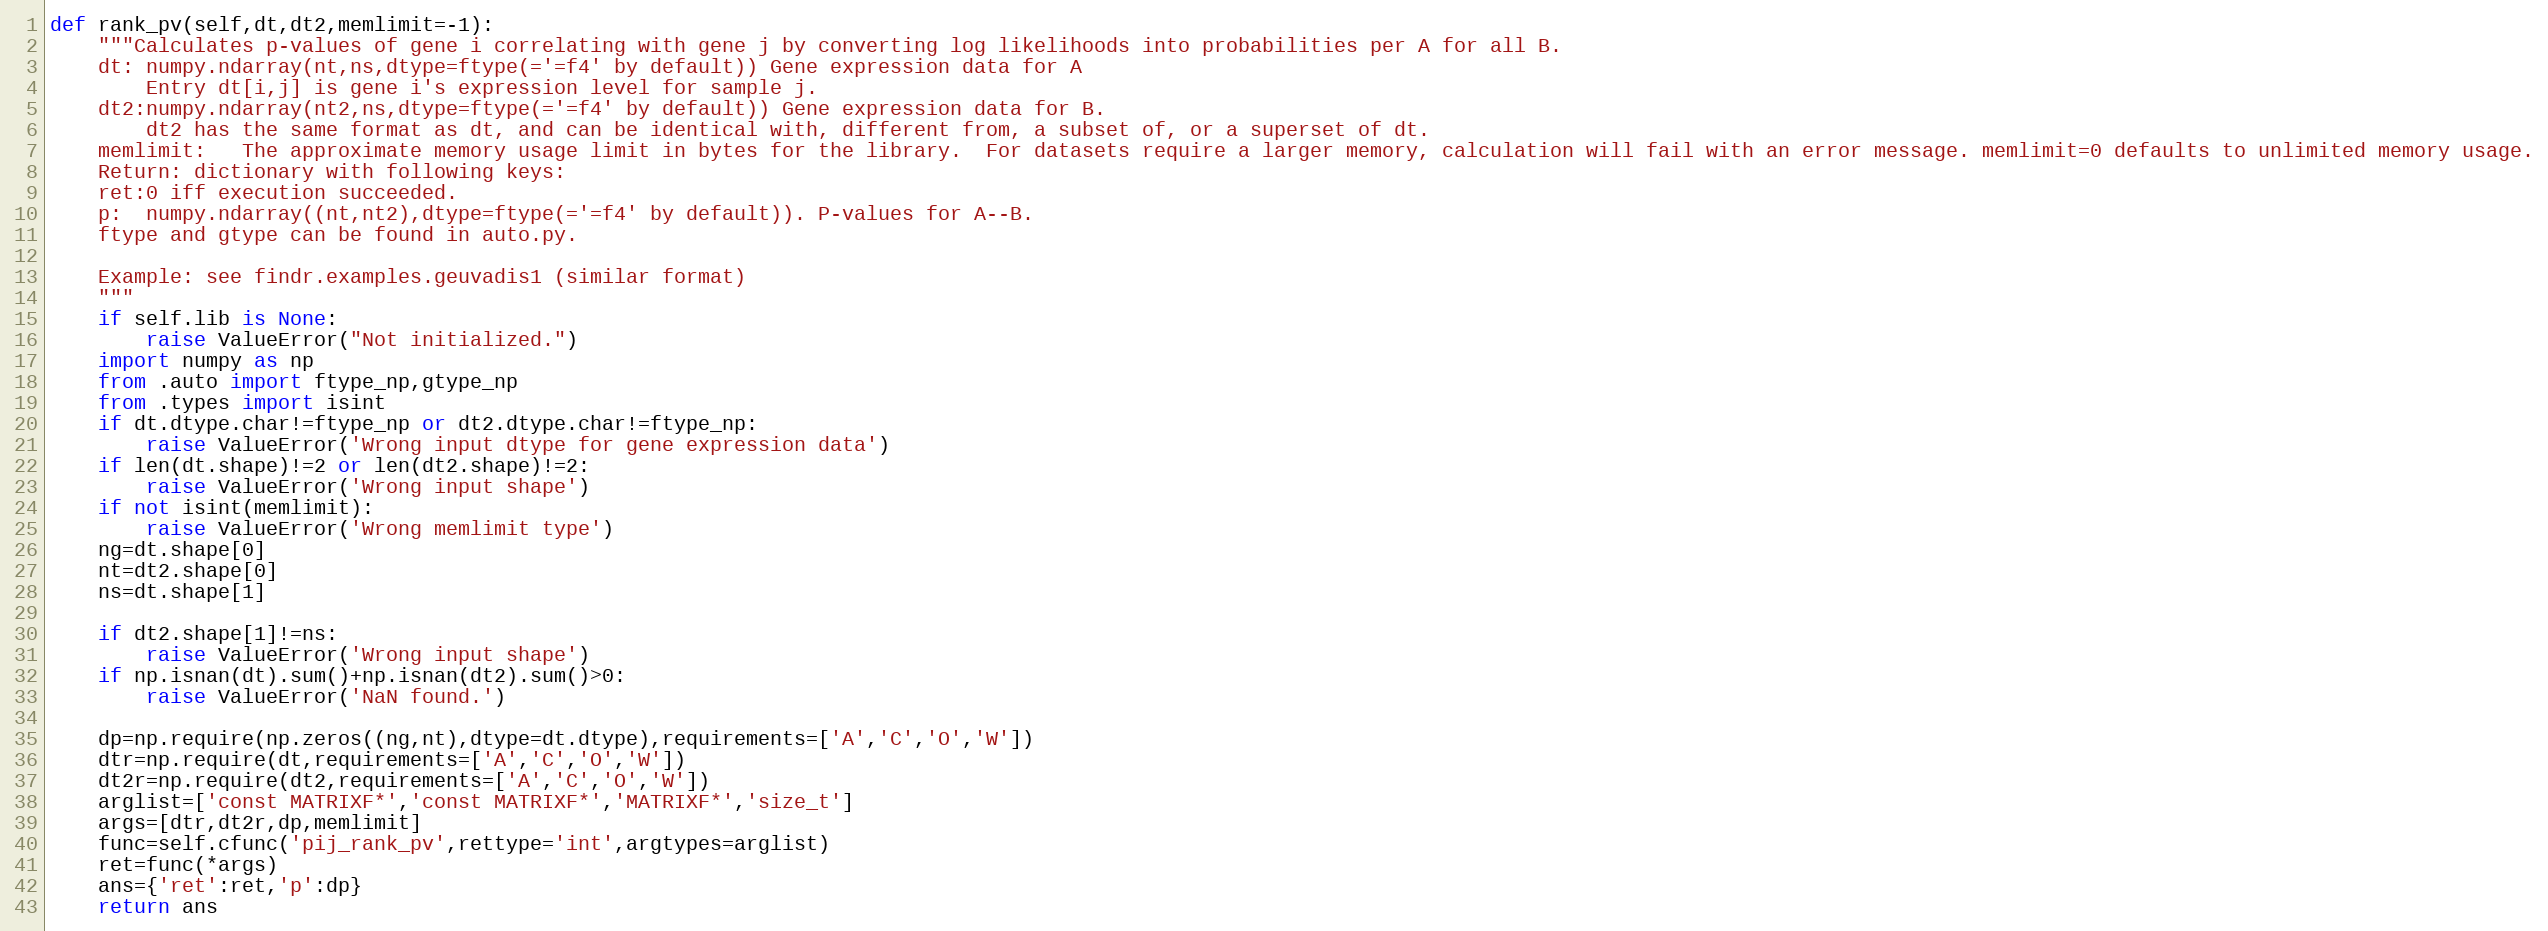
Language: Python
def rank_pv(self,dt,dt2,memlimit=-1):
	"""Calculates p-values of gene i correlating with gene j by converting log likelihoods into probabilities per A for all B.
	dt:	numpy.ndarray(nt,ns,dtype=ftype(='=f4' by default)) Gene expression data for A
		Entry dt[i,j] is gene i's expression level for sample j.
	dt2:numpy.ndarray(nt2,ns,dtype=ftype(='=f4' by default)) Gene expression data for B.
		dt2 has the same format as dt, and can be identical with, different from, a subset of, or a superset of dt.
	memlimit:	The approximate memory usage limit in bytes for the library.  For datasets require a larger memory, calculation will fail with an error message. memlimit=0 defaults to unlimited memory usage.
	Return:	dictionary with following keys:
	ret:0 iff execution succeeded.
	p:	numpy.ndarray((nt,nt2),dtype=ftype(='=f4' by default)). P-values for A--B.
	ftype and gtype can be found in auto.py.

	Example: see findr.examples.geuvadis1 (similar format)
	"""
	if self.lib is None:
		raise ValueError("Not initialized.")
	import numpy as np
	from .auto import ftype_np,gtype_np
	from .types import isint
	if dt.dtype.char!=ftype_np or dt2.dtype.char!=ftype_np:
		raise ValueError('Wrong input dtype for gene expression data')
	if len(dt.shape)!=2 or len(dt2.shape)!=2:
		raise ValueError('Wrong input shape')
	if not isint(memlimit):
		raise ValueError('Wrong memlimit type')
	ng=dt.shape[0]
	nt=dt2.shape[0]
	ns=dt.shape[1]

	if dt2.shape[1]!=ns:
		raise ValueError('Wrong input shape')
	if np.isnan(dt).sum()+np.isnan(dt2).sum()>0:
		raise ValueError('NaN found.')

	dp=np.require(np.zeros((ng,nt),dtype=dt.dtype),requirements=['A','C','O','W'])
	dtr=np.require(dt,requirements=['A','C','O','W'])
	dt2r=np.require(dt2,requirements=['A','C','O','W'])
	arglist=['const MATRIXF*','const MATRIXF*','MATRIXF*','size_t']
	args=[dtr,dt2r,dp,memlimit]
	func=self.cfunc('pij_rank_pv',rettype='int',argtypes=arglist)
	ret=func(*args)
	ans={'ret':ret,'p':dp}
	return ans